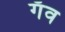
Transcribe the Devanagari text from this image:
गँव